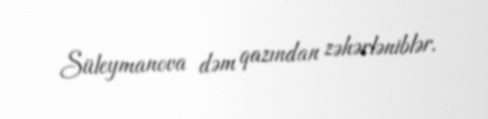
Süleymanova dəm qazından zəhərləniblər.